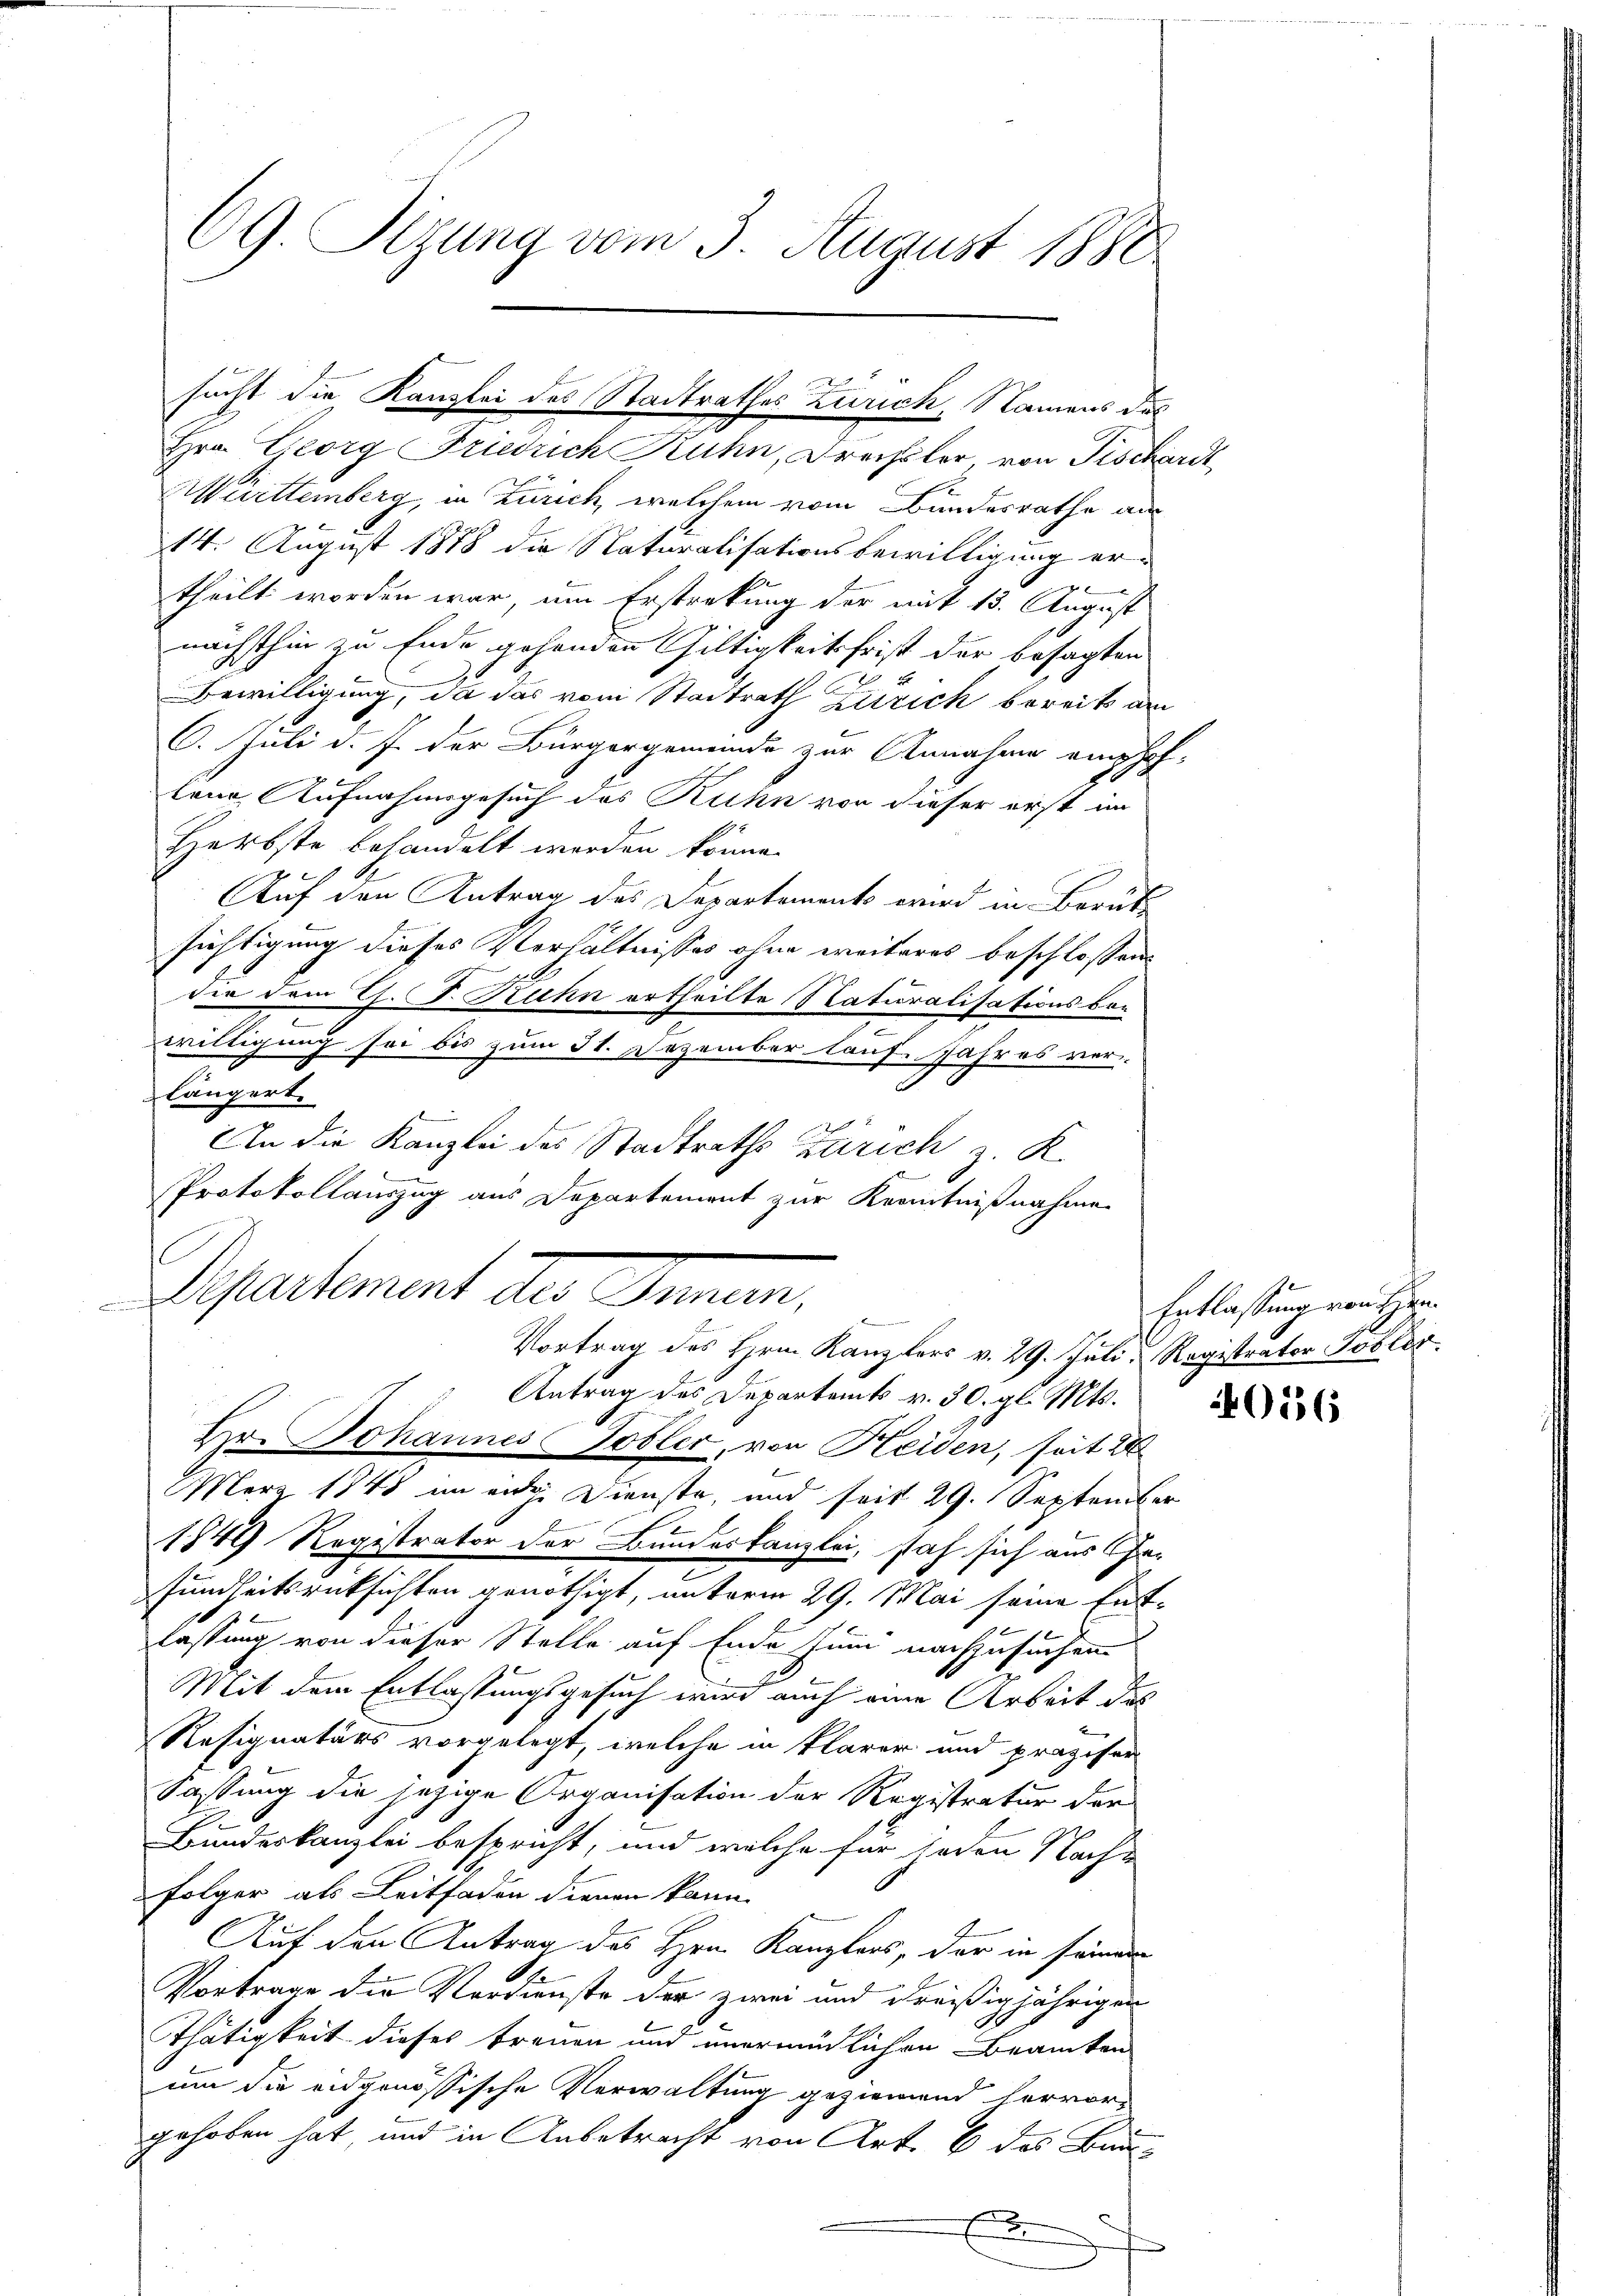
69. Sizung vom 3. August 1880

Württemberg, in Zürich, welchem vom Bundesrathe aus
14. August 1878 die Naturalisationsbewilligung er¬

theilt worden war, um Erstreckung der mit 13. August
nächsthin zu Ende gehenden Gültigkeit frist der besagten
Bewilligung, da das vom Stadtrath Zürich bereits am
6. Juli d. J. der Bürgergemeinde zur Annahme empfoh-
lene Aufnahmsgesuch des Ruhn von dieser erst im
Herbste behandelt werden könne.
Auf den Antrag des Departements wird in Beruf
sichtigung dieses Verhältnisses ohne weiteres beschlossen
dir dem C. .Ruhn ertheilte Naturalisationsbewilligung sei bis zum 31. Dezember lauf Jahres ver-
flängert.
An die Kanzlei des Stadtraths Zürich z. K.
Protokollauszug aus Departement zur Kenntnißnahme
Departement der Gemein,
Vortrag des Hrn. Kanzlers v. 29. Juli, Registrator Jobler.
Antrag des Departent v. 30. gl. Mts.
Hr. Johannes Tobler, von Heiden, seit 24
März 1848 im eidge Dienste, und seit 29. September
1849 Registrator der Bundeskanzlei, sah sich aus Ge-
sundheitsrücksichten genöthigt, unterm 29. Mai seine Ent-
lassung von dieser Stelle auf Ende zum nachzusuchen
Mit dem Entlassungsgesuch wird auch eine Arbeit des
Resignaturs vorgelegt, welche in klarer und präziser
Sassung die jezige Organisation der Registratur der
Bundeskanzlei bespricht, und welche für jeden Nach¬
Folger als Leitfaden dienen kann.
Auf den Antrag des Hrn. Kanzlers, der in seine
Vortrage die Verdienste der zwei und dreißigjährigen
Thätigkeit dieses treuen und unermüdlichen Beamten
um die eidgenössische Verwaltung geziemend hervor-
gehoben hat und in Anbetracht von Art. 6 des Bunx
2

sucht die Kanzlei des Stadtrathes Zürich, Namens des
Hrn. Georg Friedrich Ruhn, Frechsler von Fischardt

Entlassung von Hrn.

4056